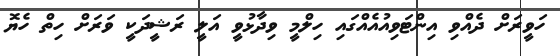
ހަވީރަށް ދެއްވި އިންޓަވިއުއެއްގައި ހިލްމީ ވިދާޅުވީ އަލީ ރަޝީދަކީ ވަރަށް ހިތް ހެޔޮ